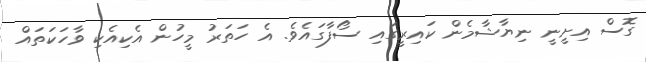
ގޮސް އިށީނީ ނިޔާޝާމެން ކައިރީގައި ސޯފާގައެވެ. އެ ހަތަރު މީހުން އެކިއެކި ވާހަކަތައް